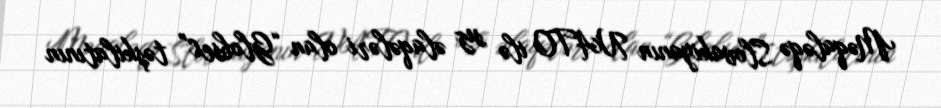
Məqaləqə Slovakiyanın NATO ilə sız əlaqələri olan “Globsec” təşkilatının